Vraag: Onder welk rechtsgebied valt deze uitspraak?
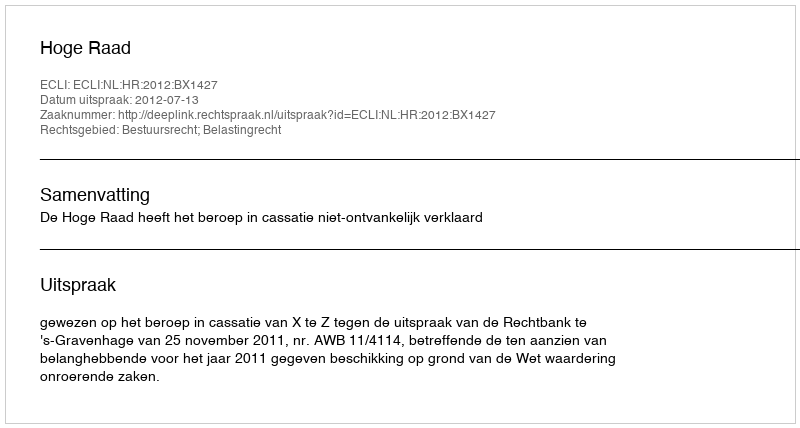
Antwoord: Bestuursrecht; Belastingrecht